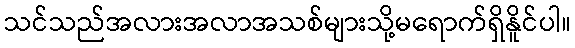
သင်သည်အလားအလာအသစ်များသို့မရောက်ရှိနိူင်ပါ။